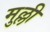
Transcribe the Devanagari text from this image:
मुल्ली